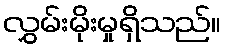
လွှမ်းမိုးမှုရှိသည်။